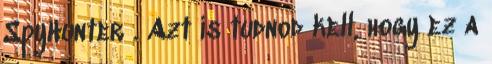
SpyHunter . Azt is tudnod kell, hogy ez a